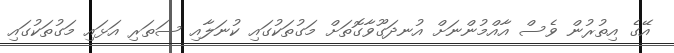
އޭގެ އިތުރުން ވެސް އާއްމުންނަށް އުނދަގޫވާގޮތަށް މަގުތަކުގައި ކުނަލާއި ސަތަރި އަޅައި މަގުތަކުގައި